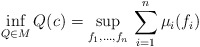
\begin{gather*}\inf_{Q\in M}Q(c)=\sup_{f_1,\ldots,f_n}\,\sum_{i=1}^n\mu_i(f_i)\end{gather*}